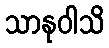
သာနုဝါသိ